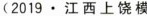
(2019·江西上饶模